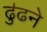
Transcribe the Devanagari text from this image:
ढु॑ढने